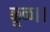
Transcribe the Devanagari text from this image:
कूळ।।